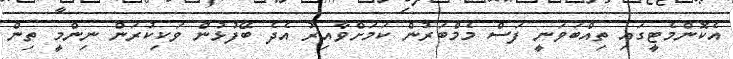
އެކޮންމެޓީގައި ތިއްބަވަނީ ފަސް މެމްބަރުން ކަމަށްވާއިރު އެދެ ބޭފުޅުން ވަކިކުރަން ނިންމީ ތިން